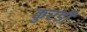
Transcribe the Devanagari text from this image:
कुरडी